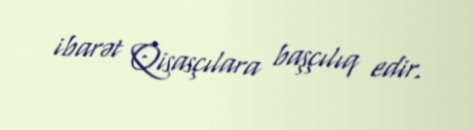
ibarət Qisasçılara başçılıq edir.